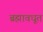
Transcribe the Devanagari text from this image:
ब्रह्मावधूत